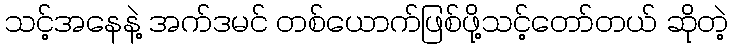
သင့်အနေနဲ့ အက်ဒမင် တစ်ယောက်ဖြစ်ဖို့သင့်တော်တယ် ဆိုတဲ့